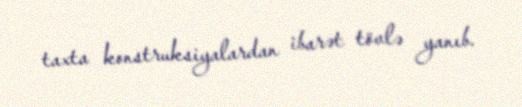
taxta konstruksiyalardan ibarət tövlə yanıb.